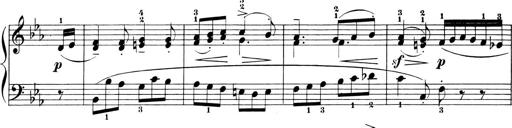
Title: 6 Piano Sonatinas
Composer: Cornelius Gurlitt